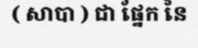
( សាបា ) ជា ផ្នែក នៃ